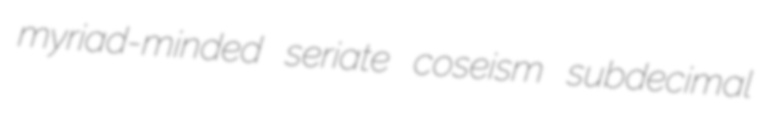
myriad-minded seriate coseism subdecimal